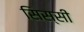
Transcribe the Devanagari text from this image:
सिस्सी